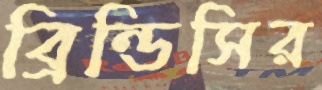
ব্রিন্ডিসির